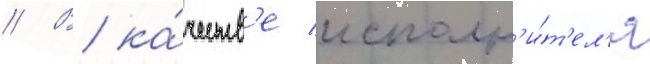
// В ка́честв'е исполн'и́т'ел'я